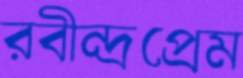
রবীন্দ্রপ্রেম